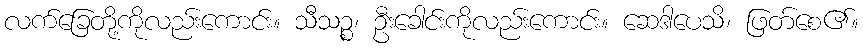
လက်ခြေတို့ကိုလည်းကောင်း။ သီသဉ္စ၊ ဦးခေါင်းကိုလည်းကောင်း။ ဆေဒါပေသိ၊ ဖြတ်စေ၏။